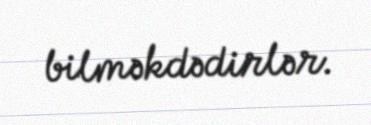
bilməkdədirlər.